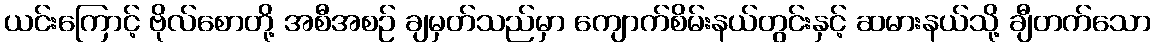
ယင်းကြောင့် ဗိုလ်စောတို့ အစီအစဉ် ချမှတ်သည်မှာ ကျောက်စိမ်းနယ်တွင်းနှင့် ဆမားနယ်သို့ ချီတက်သော